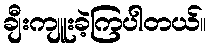
ချီးကျူးခဲ့ကြပါတယ်။